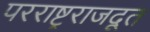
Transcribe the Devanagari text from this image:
परराष्ट्रराजदूत